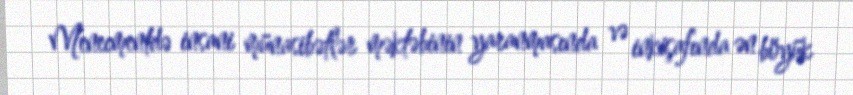
Menecmentdə insani münasibətlər məktəbinin yaranmasında və inkişafında ən böyük